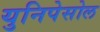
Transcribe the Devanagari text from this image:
युनिपेसोल